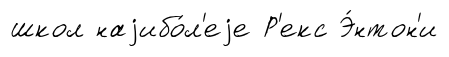
школ наjибо́л'еjе Р'екс Э́нтон'и